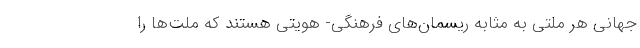
جهانی هر ملتی به مثابه ریسمان‌های فرهنگی- هویتی هستند که ملت‌ها را